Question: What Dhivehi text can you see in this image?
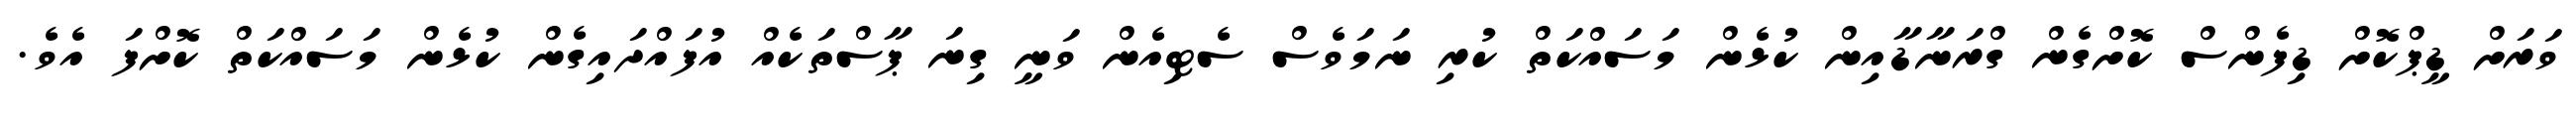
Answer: ވަރަށް ޑީޕްކޮށް ޑިފެންސް ކޮށްގެން ގްރަނާޑާއިން ކުޅެން މަސައްކަތް ކުރި ނަމަވެސް ސެޓިއެން ވަނީ ގިނަ ޕާސްތަކެއް އުފައްދައިގެން ކުޅެން މަސައްކަތް ކޮށްފަ އެވެ.